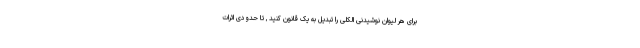
برای هر لیوان نوشیدنی الکلی را تبدیل به یک قانون کنید , تا حدودی اثرات